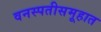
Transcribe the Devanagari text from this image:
वनस्पतीसमूहात